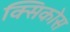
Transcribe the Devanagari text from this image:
क्सिकोस